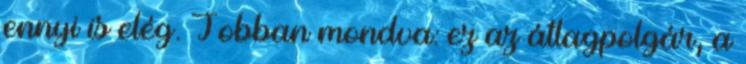
ennyi is elég. Jobban mondva: ez az átlagpolgár, a